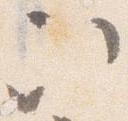
次